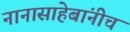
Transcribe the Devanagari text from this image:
नानासाहेबांनीच